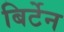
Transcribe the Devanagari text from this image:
बिर्टेन